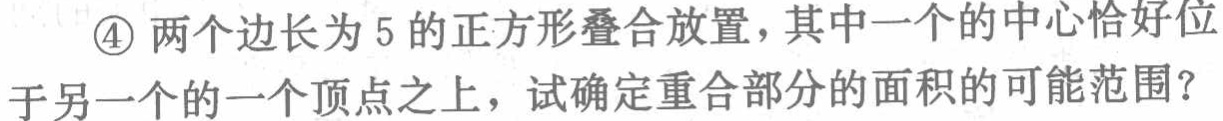
\textcircled{4} 两个边长为 5 的正方形叠合放置，其中一个的中心恰好位于另一个的一个顶点之上，试确定重合部分的面积的可能范围？